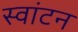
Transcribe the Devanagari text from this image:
स्वांटन